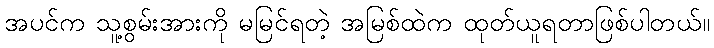
အပင်က သူ့စွမ်းအားကို မမြင်ရတဲ့ အမြစ်ထဲက ထုတ်ယူရတာဖြစ်ပါတယ်။